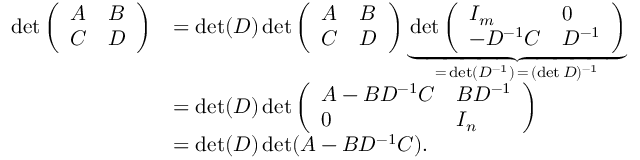
{ \begin{array} { r l } { \operatorname* { d e t } { \left( \begin{array} { l l } { A } & { B } \\ { C } & { D } \end{array} \right) } } & { = \operatorname* { d e t } ( D ) \operatorname* { d e t } { \left( \begin{array} { l l } { A } & { B } \\ { C } & { D } \end{array} \right) } \underbrace { \operatorname* { d e t } { \left( \begin{array} { l l } { I _ { m } } & { 0 } \\ { - D ^ { - 1 } C } & { D ^ { - 1 } } \end{array} \right) } } _ { = \, \operatorname* { d e t } ( D ^ { - 1 } ) \, = \, ( \operatorname* { d e t } D ) ^ { - 1 } } } \\ & { = \operatorname* { d e t } ( D ) \operatorname* { d e t } { \left( \begin{array} { l l } { A - B D ^ { - 1 } C } & { B D ^ { - 1 } } \\ { 0 } & { I _ { n } } \end{array} \right) } } \\ & { = \operatorname* { d e t } ( D ) \operatorname* { d e t } ( A - B D ^ { - 1 } C ) . } \end{array} }